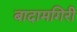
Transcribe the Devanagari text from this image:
बादामगिरी